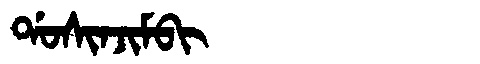
Manchu: ᡩᠣᠰᡳᠨᠵᡳᠮᠪᡳ
Romanization: DOSINJIMBI